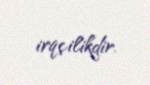
irqçilikdir.